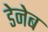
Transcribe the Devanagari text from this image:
डेनेब